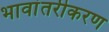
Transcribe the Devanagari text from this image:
भावांतरीकरण